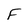
Character: F